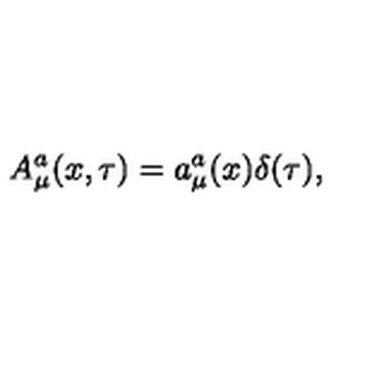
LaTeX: A _ { \mu } ^ { a } ( x , \tau ) = a _ { \mu } ^ { a } ( x ) \delta ( \tau ) ,